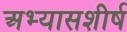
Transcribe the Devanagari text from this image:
अभ्यासशीर्ष